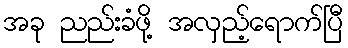
အခု ညည်းခံဖို့ အလှည့်ရောက်ပြီ